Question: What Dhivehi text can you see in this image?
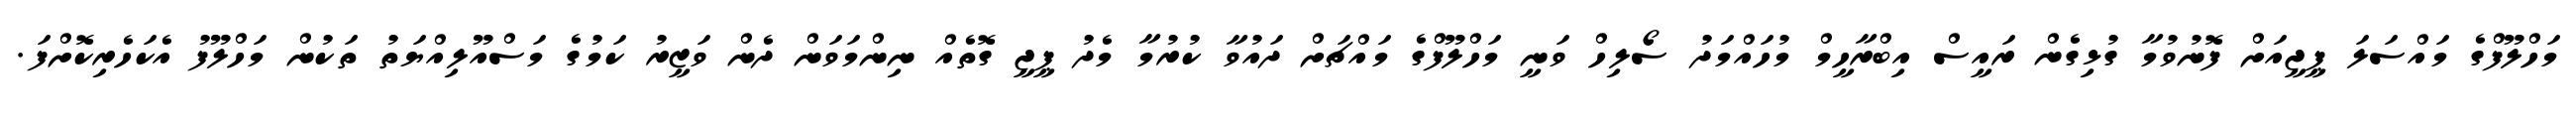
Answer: މަހްލޫފްގެ މައްސަލަ ޕީޖީއަށް ފޮނުވުމާ ގުޅިގެން ރައީސް އިބްރާހީމް މުހައްމަދު ސޯލިހް ވަނީ މަހްލޫފްގެ މައްޗަށް ދައުވާ ކުރުމާ މެދު ޕީޖީ ގޮތެއް ނިންމަވަން ދެން ވަޒީރު ކަމުގެ މަސްއޫލިއްޔަތު ތަކުން މަހްލޫފު އެކަހެރިކޮށްފަ.